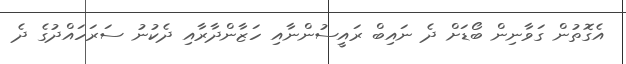
އެގޮތުން ގަވާނިން ބޯޑަށް ދެ ނައިބް ރައީސުންނާއި ހަޒާންދާރާއި ދެކުނު ސަރަހައްދުގެ ދެ